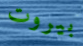
بيروت